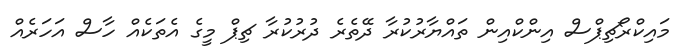
މައިކްރޯޗިޕްސް އިންކްއިން ތައްޔާރުކުރާ ދޭތެރެ ދުރުކުރާ ޗިޕް މީގެ އެތަކެއް ހާސް އަހަރެއް